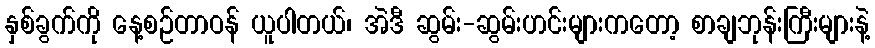
နှစ်ခွက်ကို နေ့စဉ်တာဝန် ယူပါတယ်၊ အဲဒီ ဆွမ်း-ဆွမ်းဟင်းများကတော့ စာချဘုန်းကြီးများနဲ့